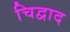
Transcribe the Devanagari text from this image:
चिद्वाद